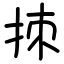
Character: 拺